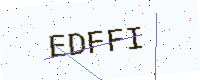
Text: EDFFI